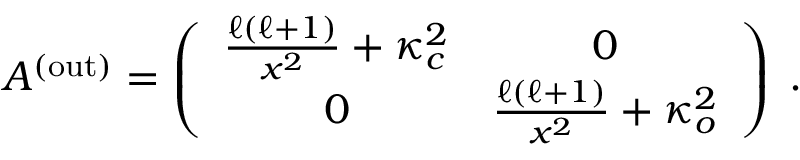
\begin{array} { r } { A ^ { \mathrm { ( o u t ) } } = \left( \begin{array} { c c } { \frac { \ell ( \ell + 1 ) } { x ^ { 2 } } + \kappa _ { c } ^ { 2 } } & { 0 } \\ { 0 } & { \frac { \ell ( \ell + 1 ) } { x ^ { 2 } } + \kappa _ { o } ^ { 2 } } \end{array} \right) \; . } \end{array}